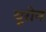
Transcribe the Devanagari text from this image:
यूरोन